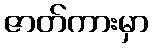
ဇာတ်ကားမှာ